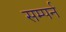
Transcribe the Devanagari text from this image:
सम्पर्न